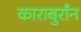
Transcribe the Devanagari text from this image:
काराबुराँन